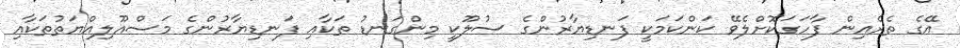
އޭގެ ތެރެއިން ފާހަގަކޮށްލެވޭ ކަންކަމަކީ ފަނޑިޔާރުންގެ ސުލޫކީ މިންގަނޑު ތަކާއި ފަނޑިޔާރުންގެ މަސްއޫލިއްޔަތުތަކާއި